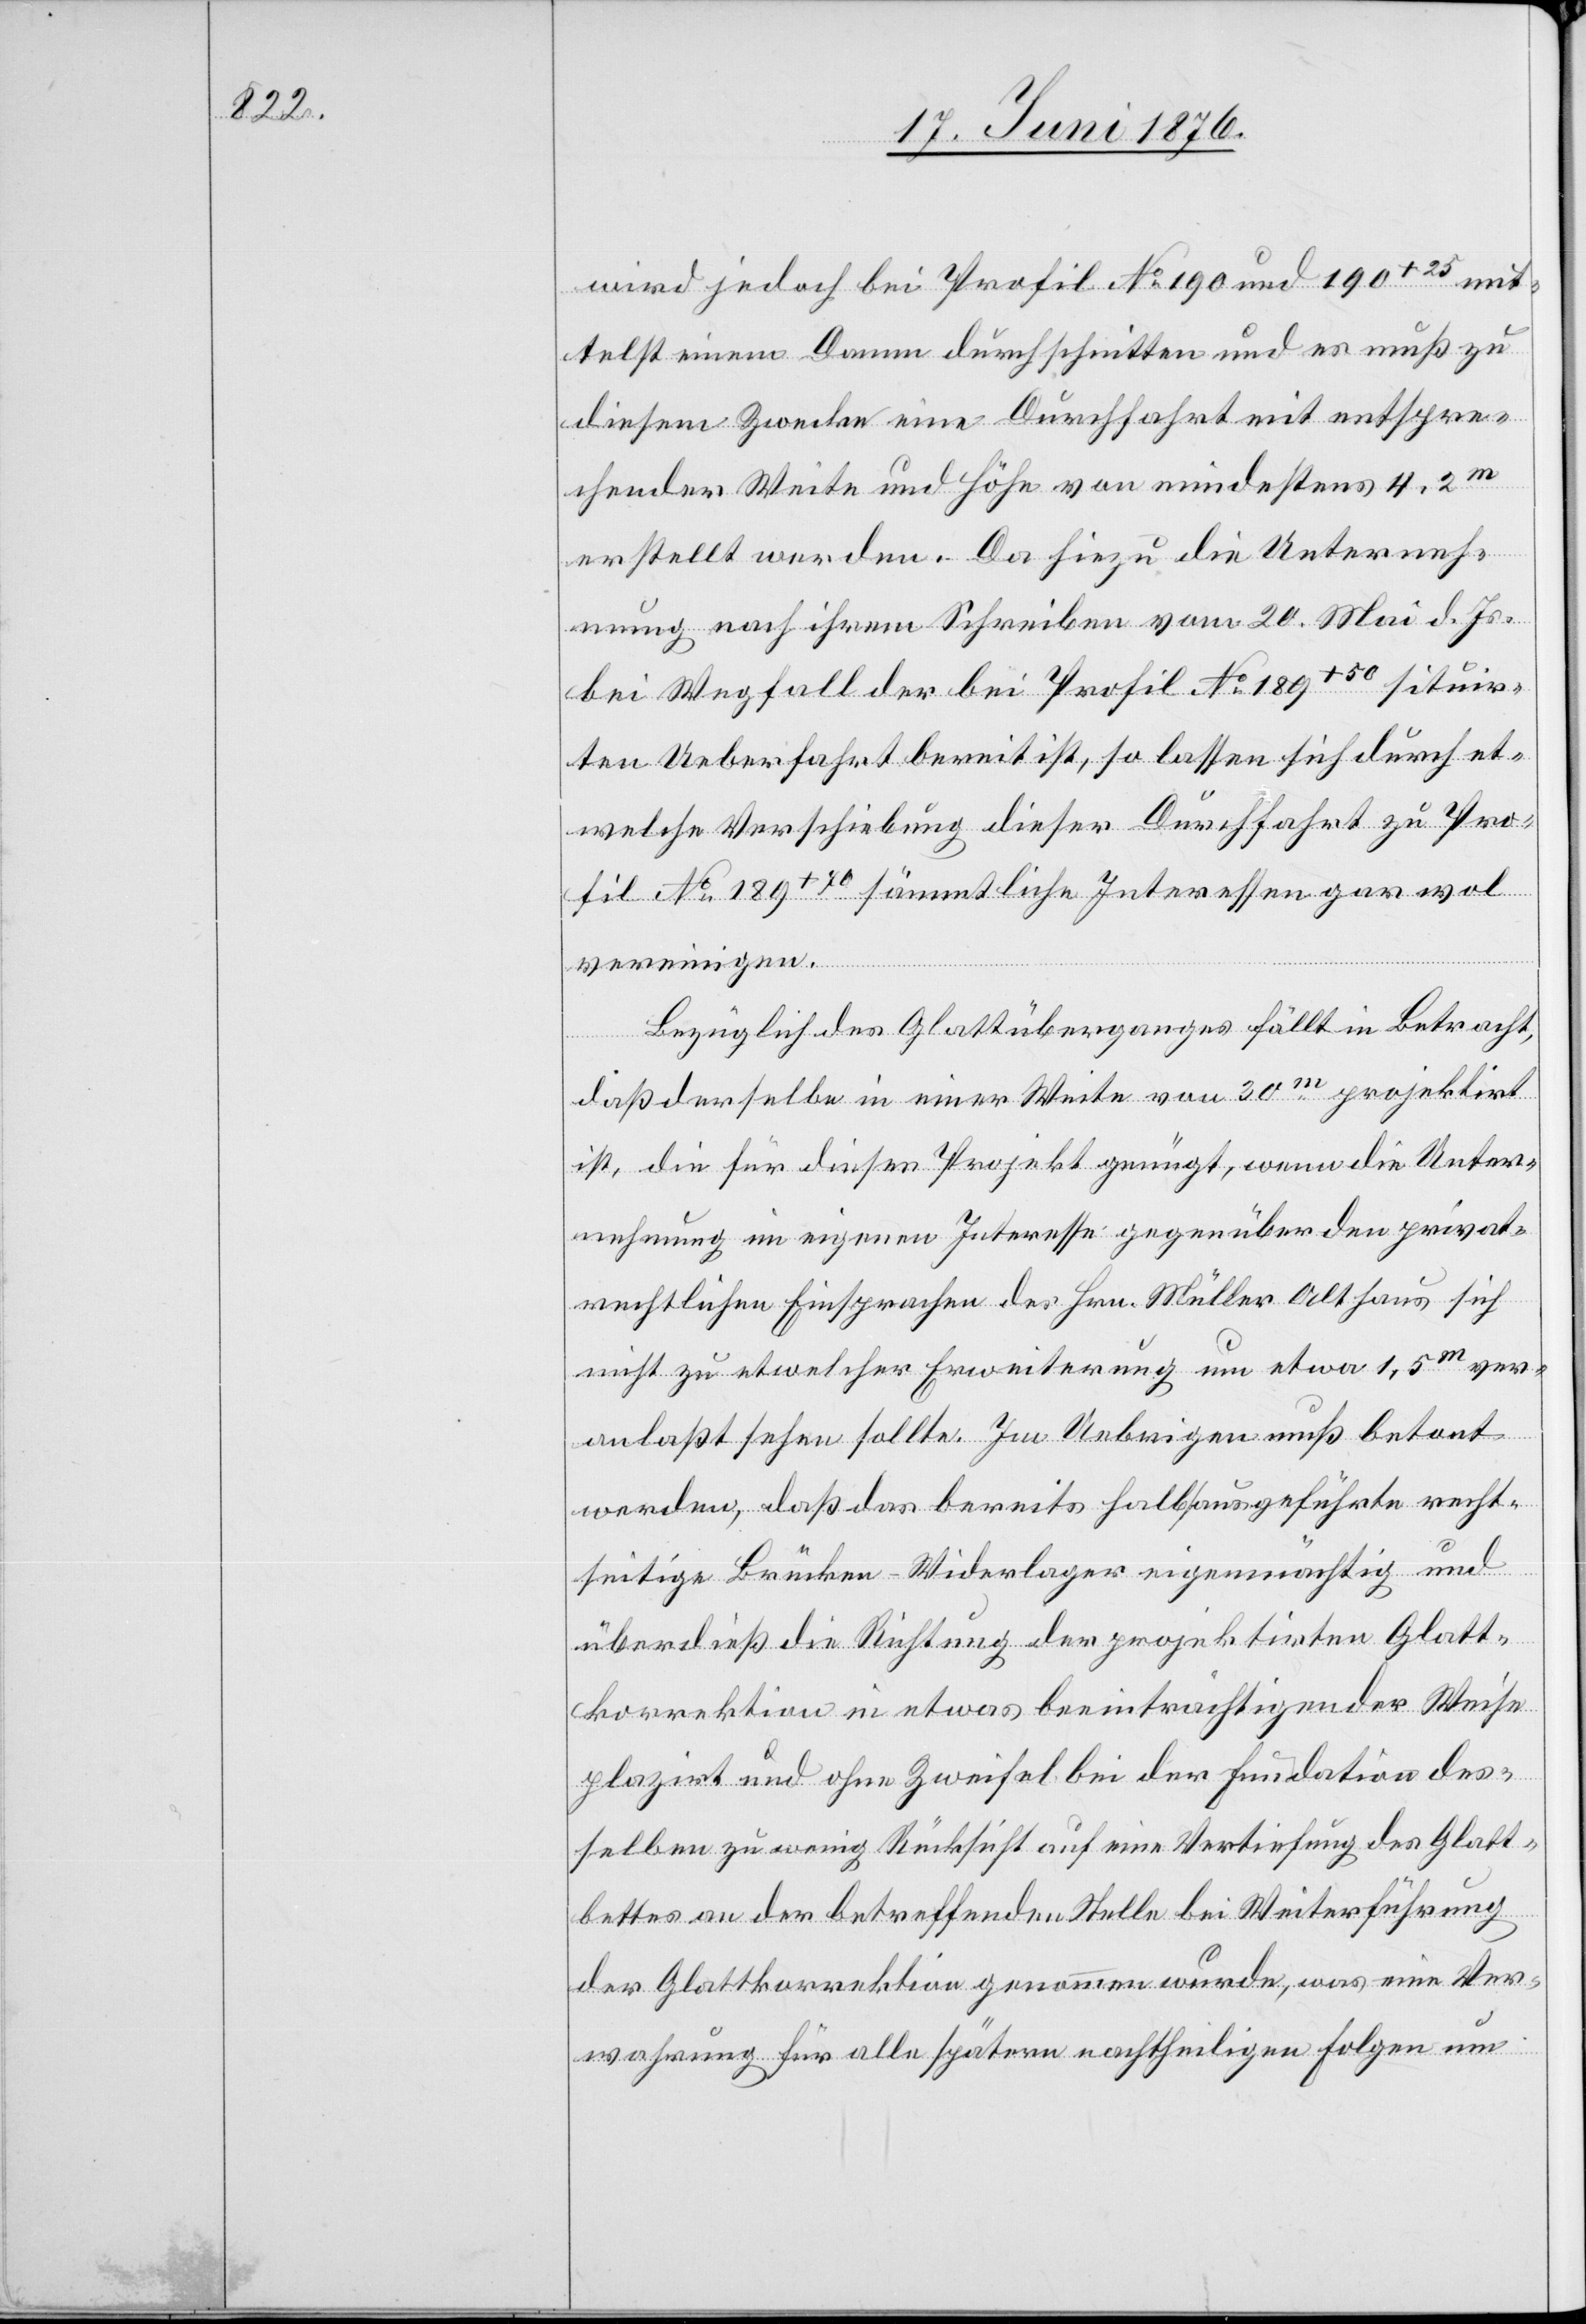
wird jedoch bei Profil No 190 und 190+25 mit¬
telst einem Damm durchschnitten und es muß zu
diesem Zwecke eine Durchfahrt mit entspre¬
chender Weite und Höhe von mindestens 4,2m
erstellt werden. Da hiezu die Unterneh¬
mung nach ihrem Schreiben vom 20. Mai d. Js.
bei Wegfall der bei Profil No 189+50 situir¬
ten Ueberfahrt bereit ist, so lassen sich durch et¬
welche Verschiebung dieser Durchfahrt u Pro¬
fil No 189+70 sämmtliche Interessen gar wol
vereinigen.
Bezüglich des Glattüberganges fällt in Betracht,
daß derselbe in einer Weite von 30m projektirt
ist, die für dieses Projekt genügt, wenn die Unter¬
nehmung im eigenen Interesse gegenüber den privat¬
rechtlichen Einsprachen des Hrn. Müller Althaus sich
nicht zu etwelcher Erweiterung um etwa 1,5m ver¬
anlaßt sehen sollte. Im Uebrigen muß betont
werden, daß das bereits halb ausgeführte recht¬
seitige Brücken-Widerlager eigenmächtig und
überdieß die Richtung der projektirten Glatt¬
korrektion in etwas beeinträchtigender Weise
plazirt und ohne Zweifel bei der Fundation des¬
selben zu wenig Rücksicht auf eine Vertiefung des Glatt¬
bettes an der betreffenden Stelle bei Weiterführung
der Glattkorrektion genommen wurde, was eine Ver¬
wahrung für alle spätern nachtheiligen Folgen um